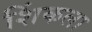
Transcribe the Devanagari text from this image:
शिंकला